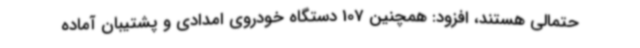
حتمالی هستند، افزود: همچنین 107 دستگاه خودروی امدادی و پشتیبان آماده